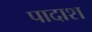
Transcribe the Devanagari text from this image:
पादाश